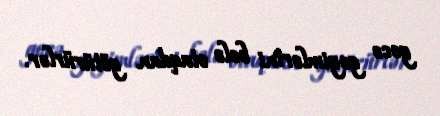
gecə geyimlərini belə otaqdan götürürlər.